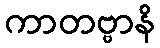
ကာတဗ္ဗာနိ